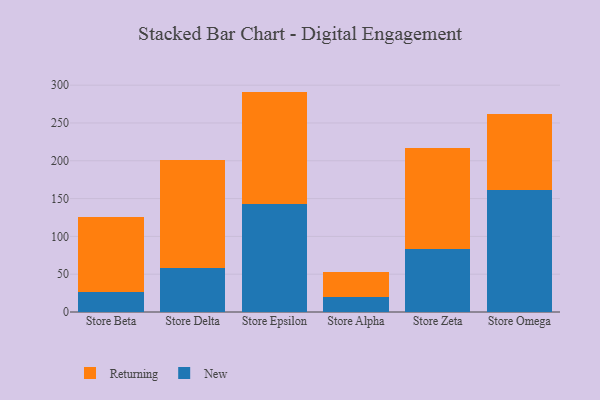
{"axis": {"x": "Store", "y": "LTV (USD)"}, "legend": ["New", "Returning"], "data": [{"x": "Store Beta", "y": 26.0, "type": "New"}, {"x": "Store Beta", "y": 99.0, "type": "Returning"}, {"x": "Store Delta", "y": 58.3, "type": "New"}, {"x": "Store Delta", "y": 143.1, "type": "Returning"}, {"x": "Store Epsilon", "y": 142.7, "type": "New"}, {"x": "Store Epsilon", "y": 148.8, "type": "Returning"}, {"x": "Store Alpha", "y": 20.2, "type": "New"}, {"x": "Store Alpha", "y": 33.2, "type": "Returning"}, {"x": "Store Zeta", "y": 82.8, "type": "New"}, {"x": "Store Zeta", "y": 133.9, "type": "Returning"}, {"x": "Store Omega", "y": 161.6, "type": "New"}, {"x": "Store Omega", "y": 100.4, "type": "Returning"}]}